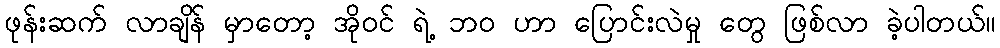
ဖုန်းဆက် လာချိန် မှာတော့ အိုဝင် ရဲ့ ဘ၀ ဟာ ပြောင်းလဲမှု တွေ ဖြစ်လာ ခဲ့ပါတယ်။